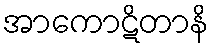
အာကောဋိတာနိ